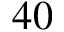
4 0